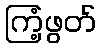
ကြံ့ဖွတ်